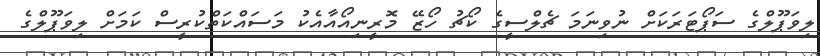
ލިވަޕޫލްގެ ސަޕޯޓަރަކަށް ނުވިނަމަ ޗެލްސީގެ ކޯޗު ހޯޒޭ މޮރީނިއޯއާއެކު މަސައްކަތްކުރީސް ކަމަށް ލިވަޕޫލްގެ